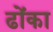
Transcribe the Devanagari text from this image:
ढोंका